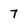
Character: 7